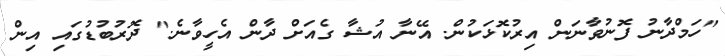
"ހަމްދާނު ފޮނުވާނަން އިރުކޮޅަކުން. އޭނާ އުޝާ ގެއަށް ދާން އެހީވާނެ." ދޮރުބުޑުގައި އިން